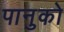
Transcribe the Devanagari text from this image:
पानुको